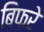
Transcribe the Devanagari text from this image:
बिफरे